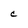
Character: c